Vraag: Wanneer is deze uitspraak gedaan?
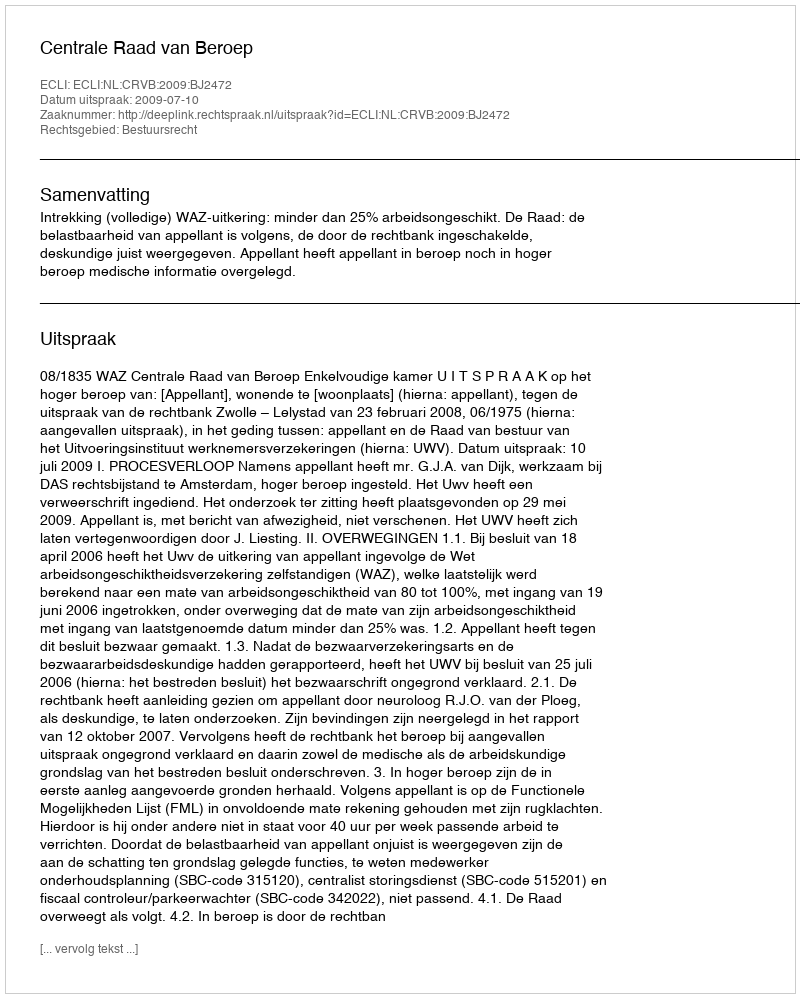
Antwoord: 2009-07-10